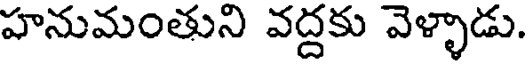
హనుమంతుని వద్దకు వెళ్ళాడు.